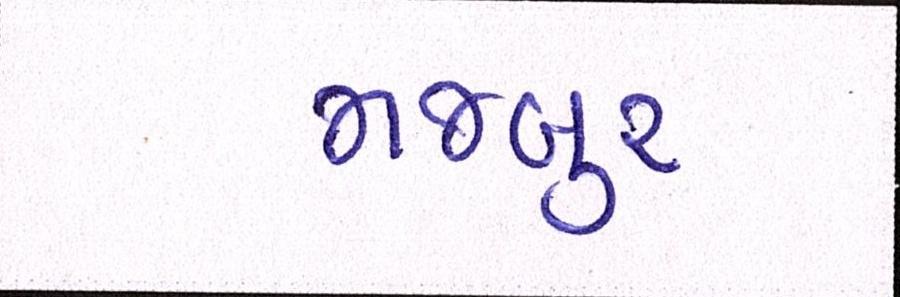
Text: મજબુર